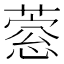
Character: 𦹎